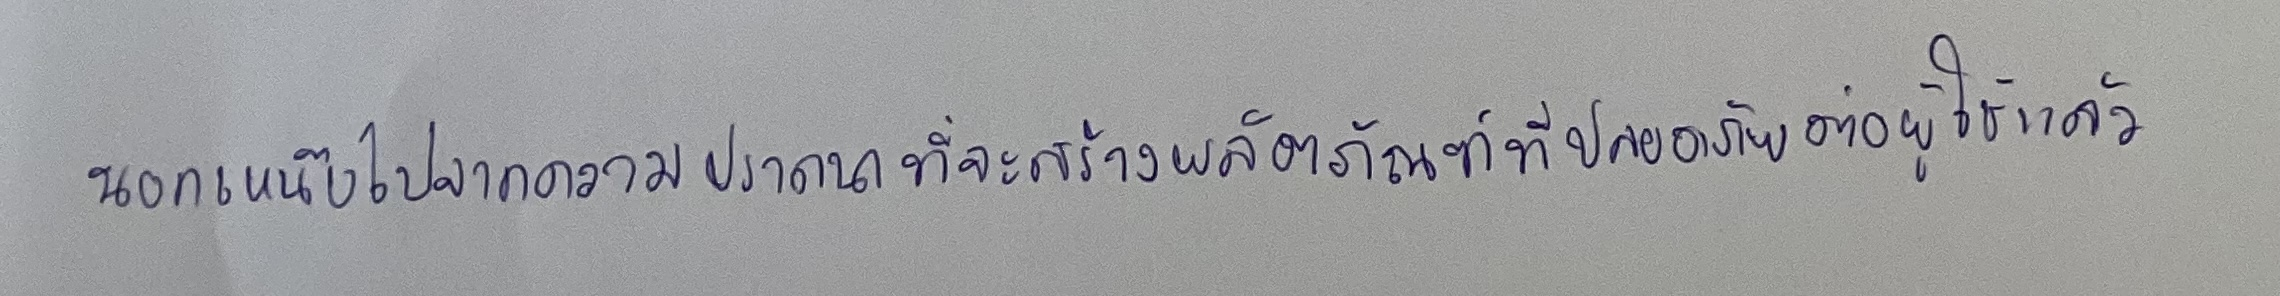
นอกเหนือไปจากความปรารถนาที่จะสร้างผลิตภัณฑ์ที่ปลอดภัยต่อผู้ใช้แล้ว